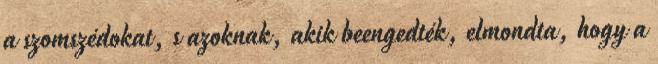
a szomszédokat, s azoknak, akik beengedték, elmondta, hogy a